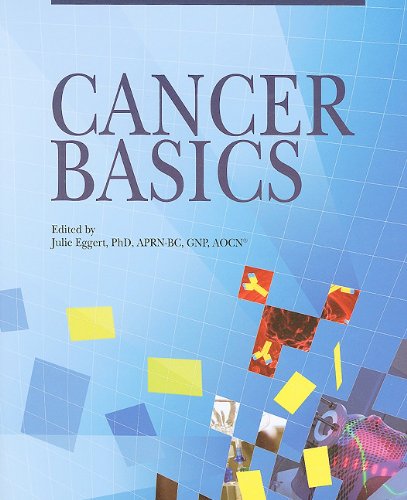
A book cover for Cancer Basics; Julia Eggert; Medical Books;